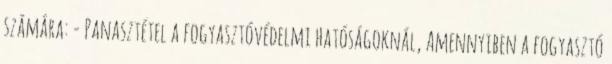
számára: - Panasztétel a fogyasztóvédelmi hatóságoknál, Amennyiben a fogyasztó